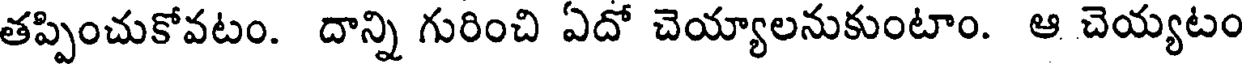
తప్పించుకోవటం. దాన్ని గురించి ఏదో చెయ్యాలనుకుంటాం. ఆ చెయ్యటం